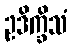
ဥဒိက္ခိသံ